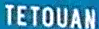
TETOUAN